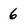
Character: 6